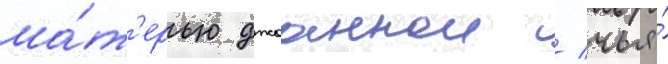
ма́т'ерью джоаннои / чья́